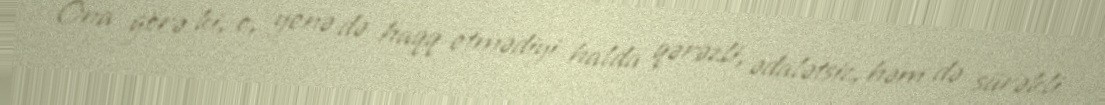
Ona görə ki, o, yenə də haqq etmədiyi halda qərəzli, ədalətsiz, həm də sürəkli